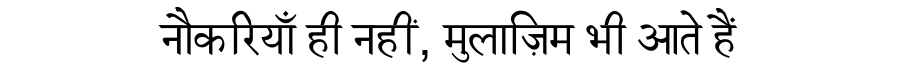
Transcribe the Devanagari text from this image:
नौकरियाँ ही नहीं, मुलाज़िम भी आते हैं